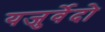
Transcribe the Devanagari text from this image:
यजुर्वेदो